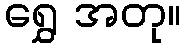
ရွှေ အတု။